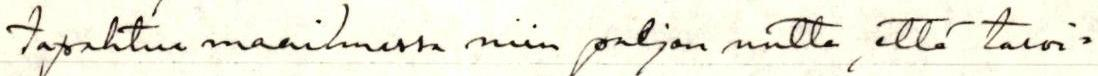
tapahtua maailmassa niin paljon uutta, että tarvi=